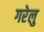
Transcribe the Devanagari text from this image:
गरेलु